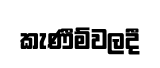
කැණීම්වලදී